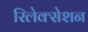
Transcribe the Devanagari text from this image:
रिलेक्सेशन